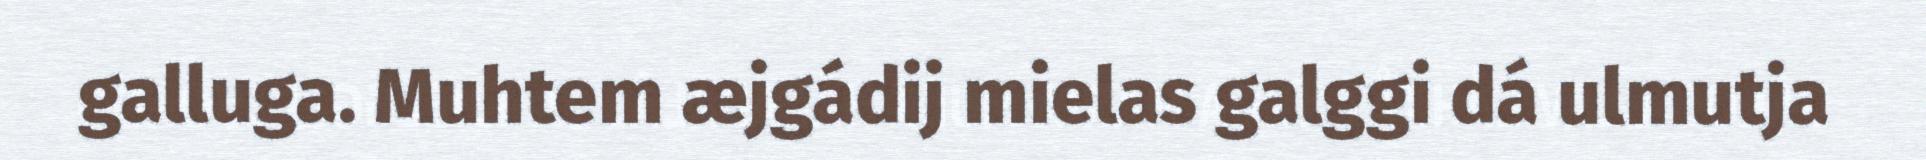
galluga. Muhtem æjgádij mielas galggi dá ulmutja